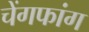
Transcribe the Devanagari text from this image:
चेंगफांग